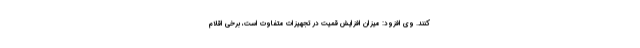
‌کنند. وی افزود: میزان افزایش قمیت در تجهیزات متفاوت است، برخی اقلام